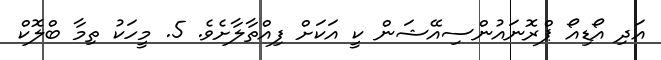
އަދި އޯޑިއޯ ޕްރޮނައުންސިއޭޝަން ކީ އަކަށް ފިއްތާލާށެވެ. 5. މީހަކު ތިމާ ބްލޮކް